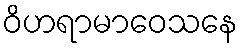
ဝိဟရာမာဝေသနေ